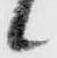
候